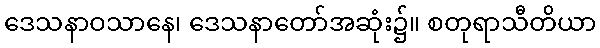
ဒေသနာဝသာနေ၊ ဒေသနာတော်အဆုံး၌။ စတုရာသီတိယာ